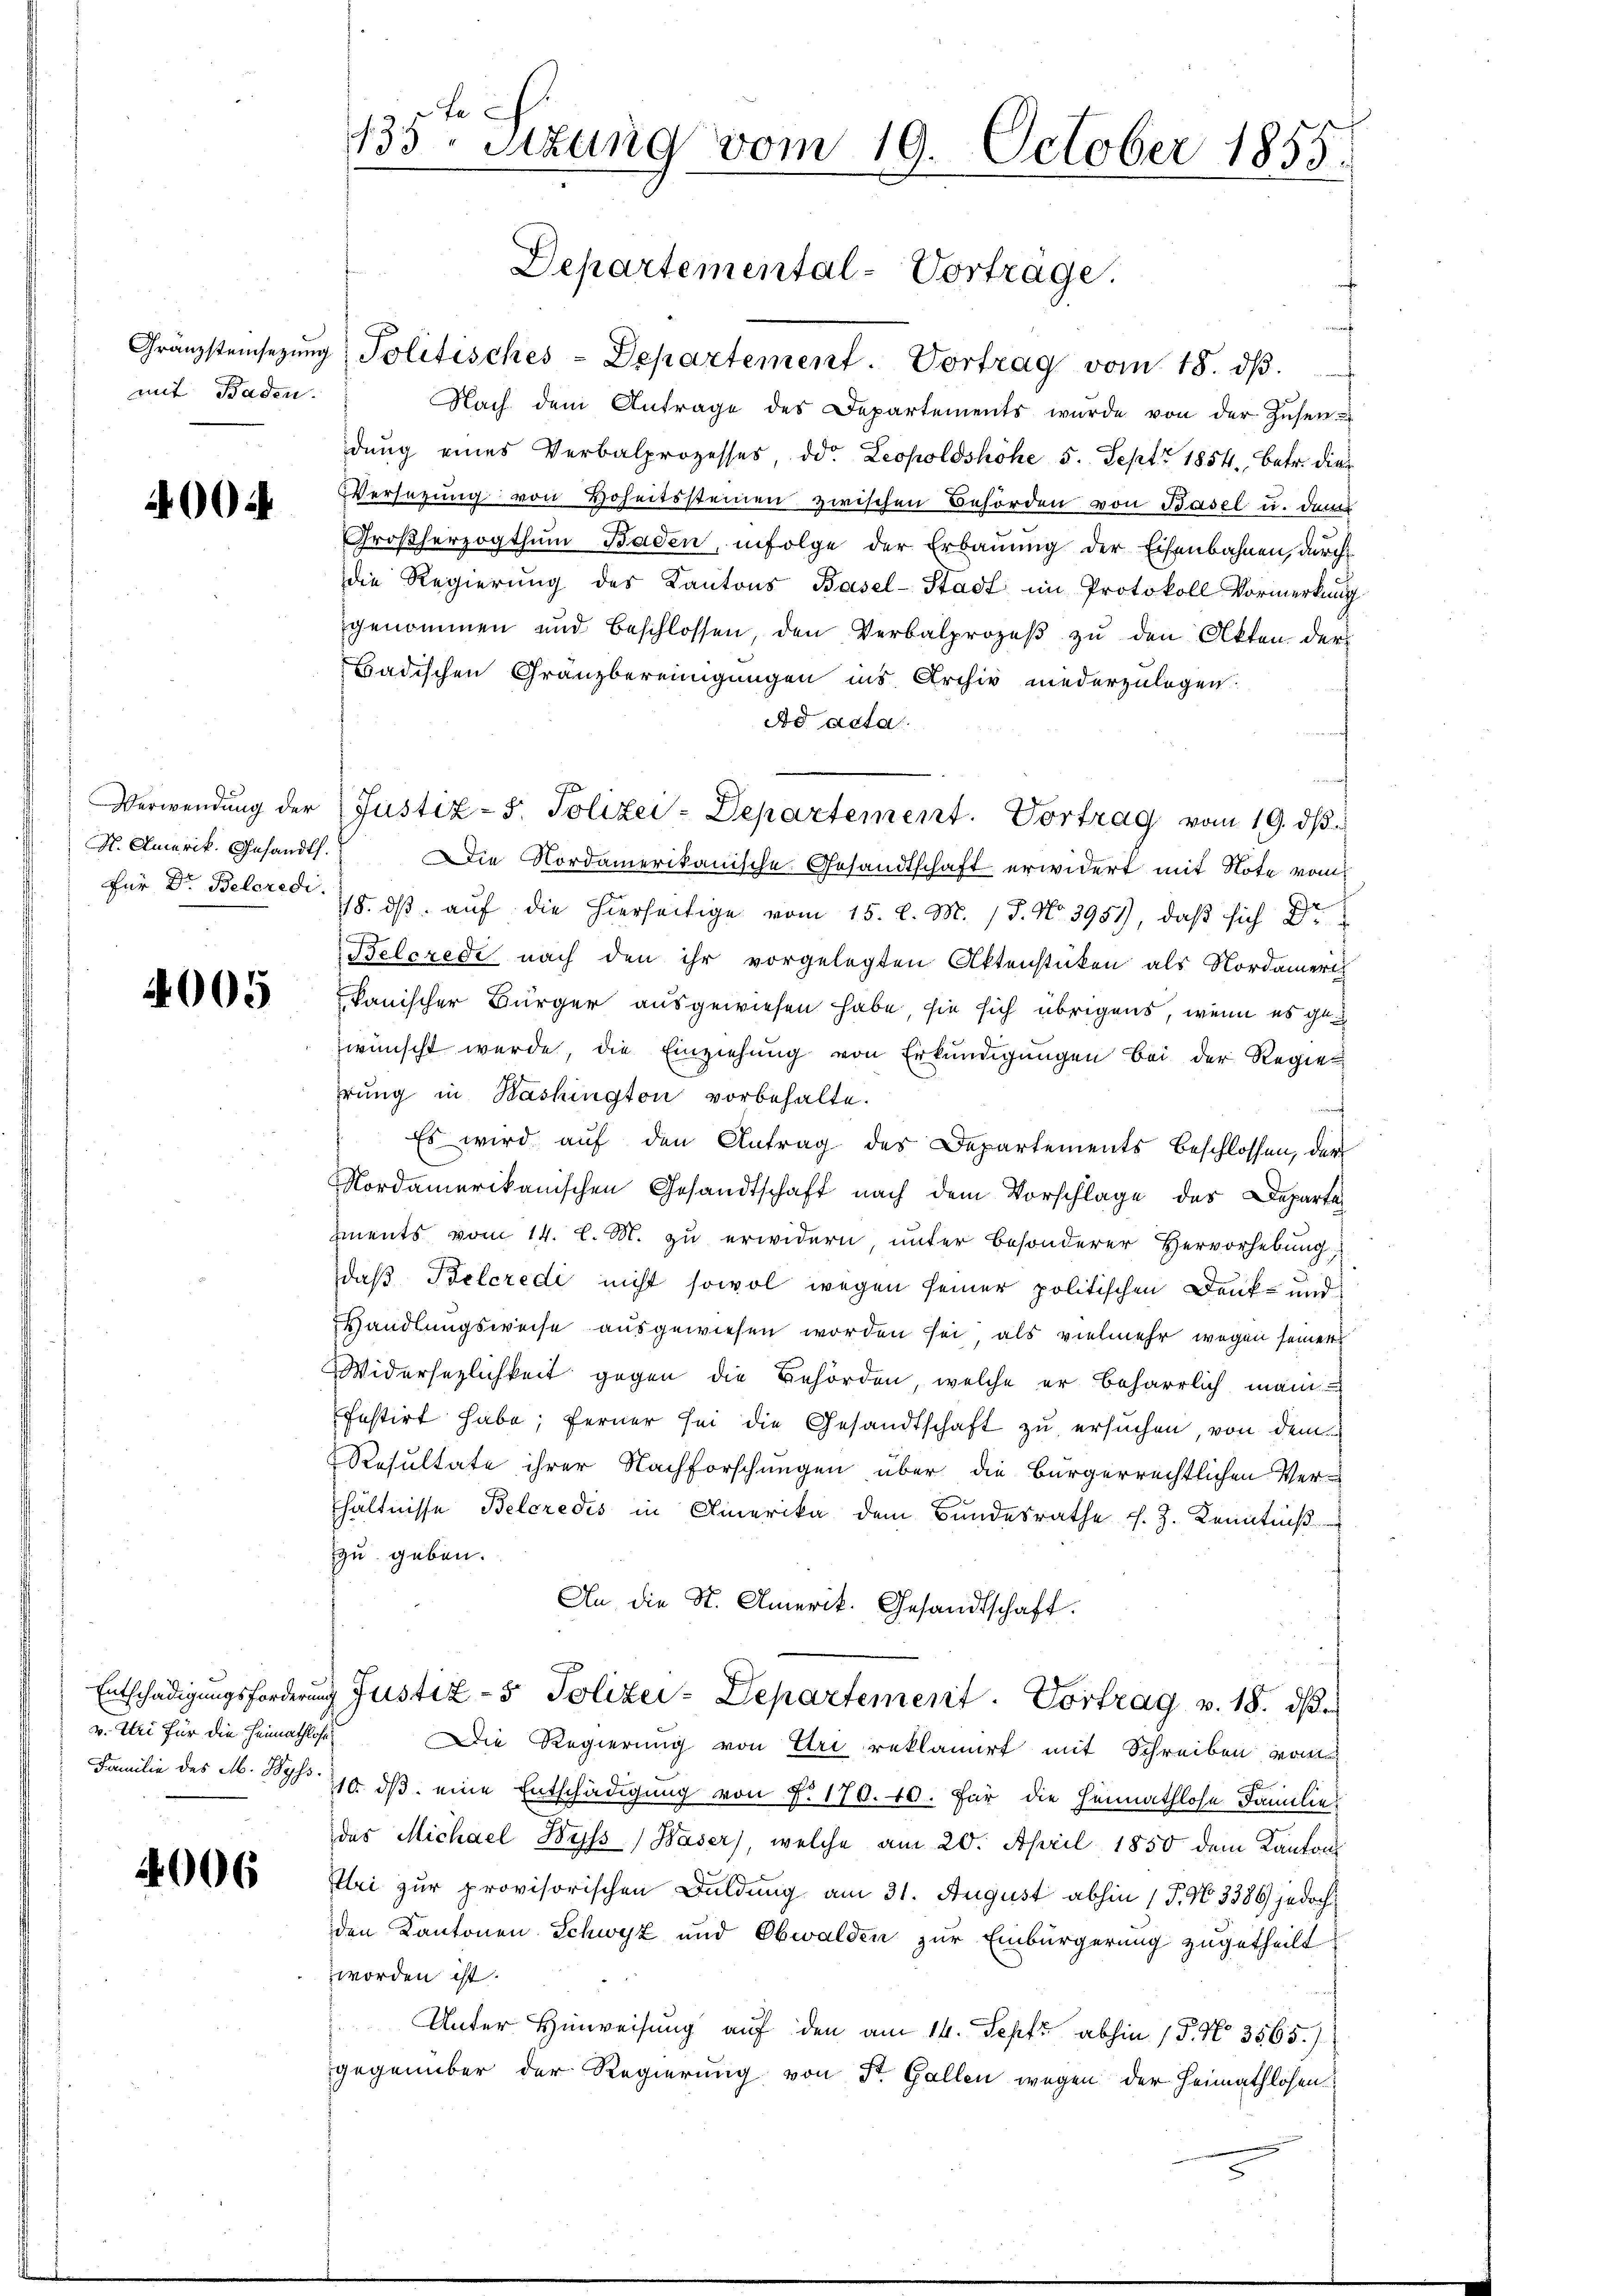
mit Baden.

4004

Verwendung der
H. Amerik. Gesandt.
Für Dr. Beleredi

4005

Entschädigungsforderung
v. Uri für die Heimathlose
Familie des M. Wyss.

4006

fe
135 Stzung vom 19. October 1855.

Departemental-Vortrage

Gränzsteinsezung Politisches - Departement. Vortrag vom 18. dβ.
Nach dem Antrage des Departements wŭrde von der Zŭsen-
dŭng eines Verbalprozesses, od. Leopoldshöhe 5. Sept 1854, betr. dies
Versatzung von Hoheitssteinen zwischen Behörden von Basel u. dann
Großherzogthum Baden, infolge der Erbauung der Eisenbahnen, durch
die Regierŭng des Kantons Basel-Stadt im Protokoll Vormerkung
genommen und beschlossen, den Verbalprozeß zu den Akten der
Badischen Gränzbereinigungen ins Archiv niederzulagen.
Ad acta
Die Nordamerikanische Gesandtschaft erwidert mit Note vom
18. dβ aŭf die hierseitige vom 15. d. M. 18. No. 3951), daß sich Dr
e
Belcrede nach den ihr vorgelegten Aktenstücken als Nordameri
kanischer Bürger ausgewiesen habe, sie sich übrigens, wenn es gezwünscht werde, die Einziehung von Erkundigungen bei der Regie
hrŭng in Kashington vorbehalte.
f
Es wird auf den Antrag des Departements beschlossen, der
Nordamerikanischen Gesandtschaft nach dem Vorschlage des Departe
Iments vom 14. l. M. zu erwidern, unter besonderer Hervorhebŭng
daß Belcredi nicht sowol wegen seiner politischen Denk- und
Handlungsweise ausgewiesen worden sei, als vielmehr wegen seiner
Widersezlichkeit gegen die Behörden, welche er beharrlich man
festirt habe; ferner sei die Gesandtschaft zu ersuchen, von dem
Resultate ihrer Nachforschungen über die bürgerrechtlichen Verhältnisse Belcredis in Amerika dem Bundesrathe s. Z. Kenntniß
zu geben.
An die St. Amerik. Gesandtschaft.
g Justiz- & Polizei-Departement. Vortrag v. 18. ds.
Die Regierung von Uri reklamirt mit Schreiben von
110. dβ eine Entschädigung von F. 170. 40. Für die Heimathlose Familie
des Michael Byss) Waser), welche am 20. April 1850 dem Kantons
Ilri zur provisorischen Duldung am 31. August abhin (T. No 3386) jedoch
den Kantonen Schwyz und Obwalden zur Einbürgerung zugetheilt.
worden ist.
Unter Hinweisung auf den am 14. Sept. abhin (P. Nr. 3565.)
gegenüber der Regierung von St. Gallen wegen der Heimathlosen

Justiz - 5. Polizei-Departement. Vortrag vom 19. ds